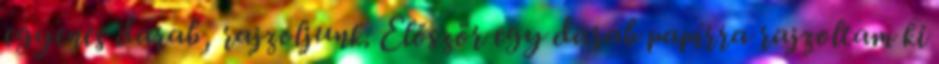
egyenes darab, rajzoljunk. Először egy darab papírra rajzoltam ki